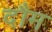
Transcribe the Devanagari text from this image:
दौम